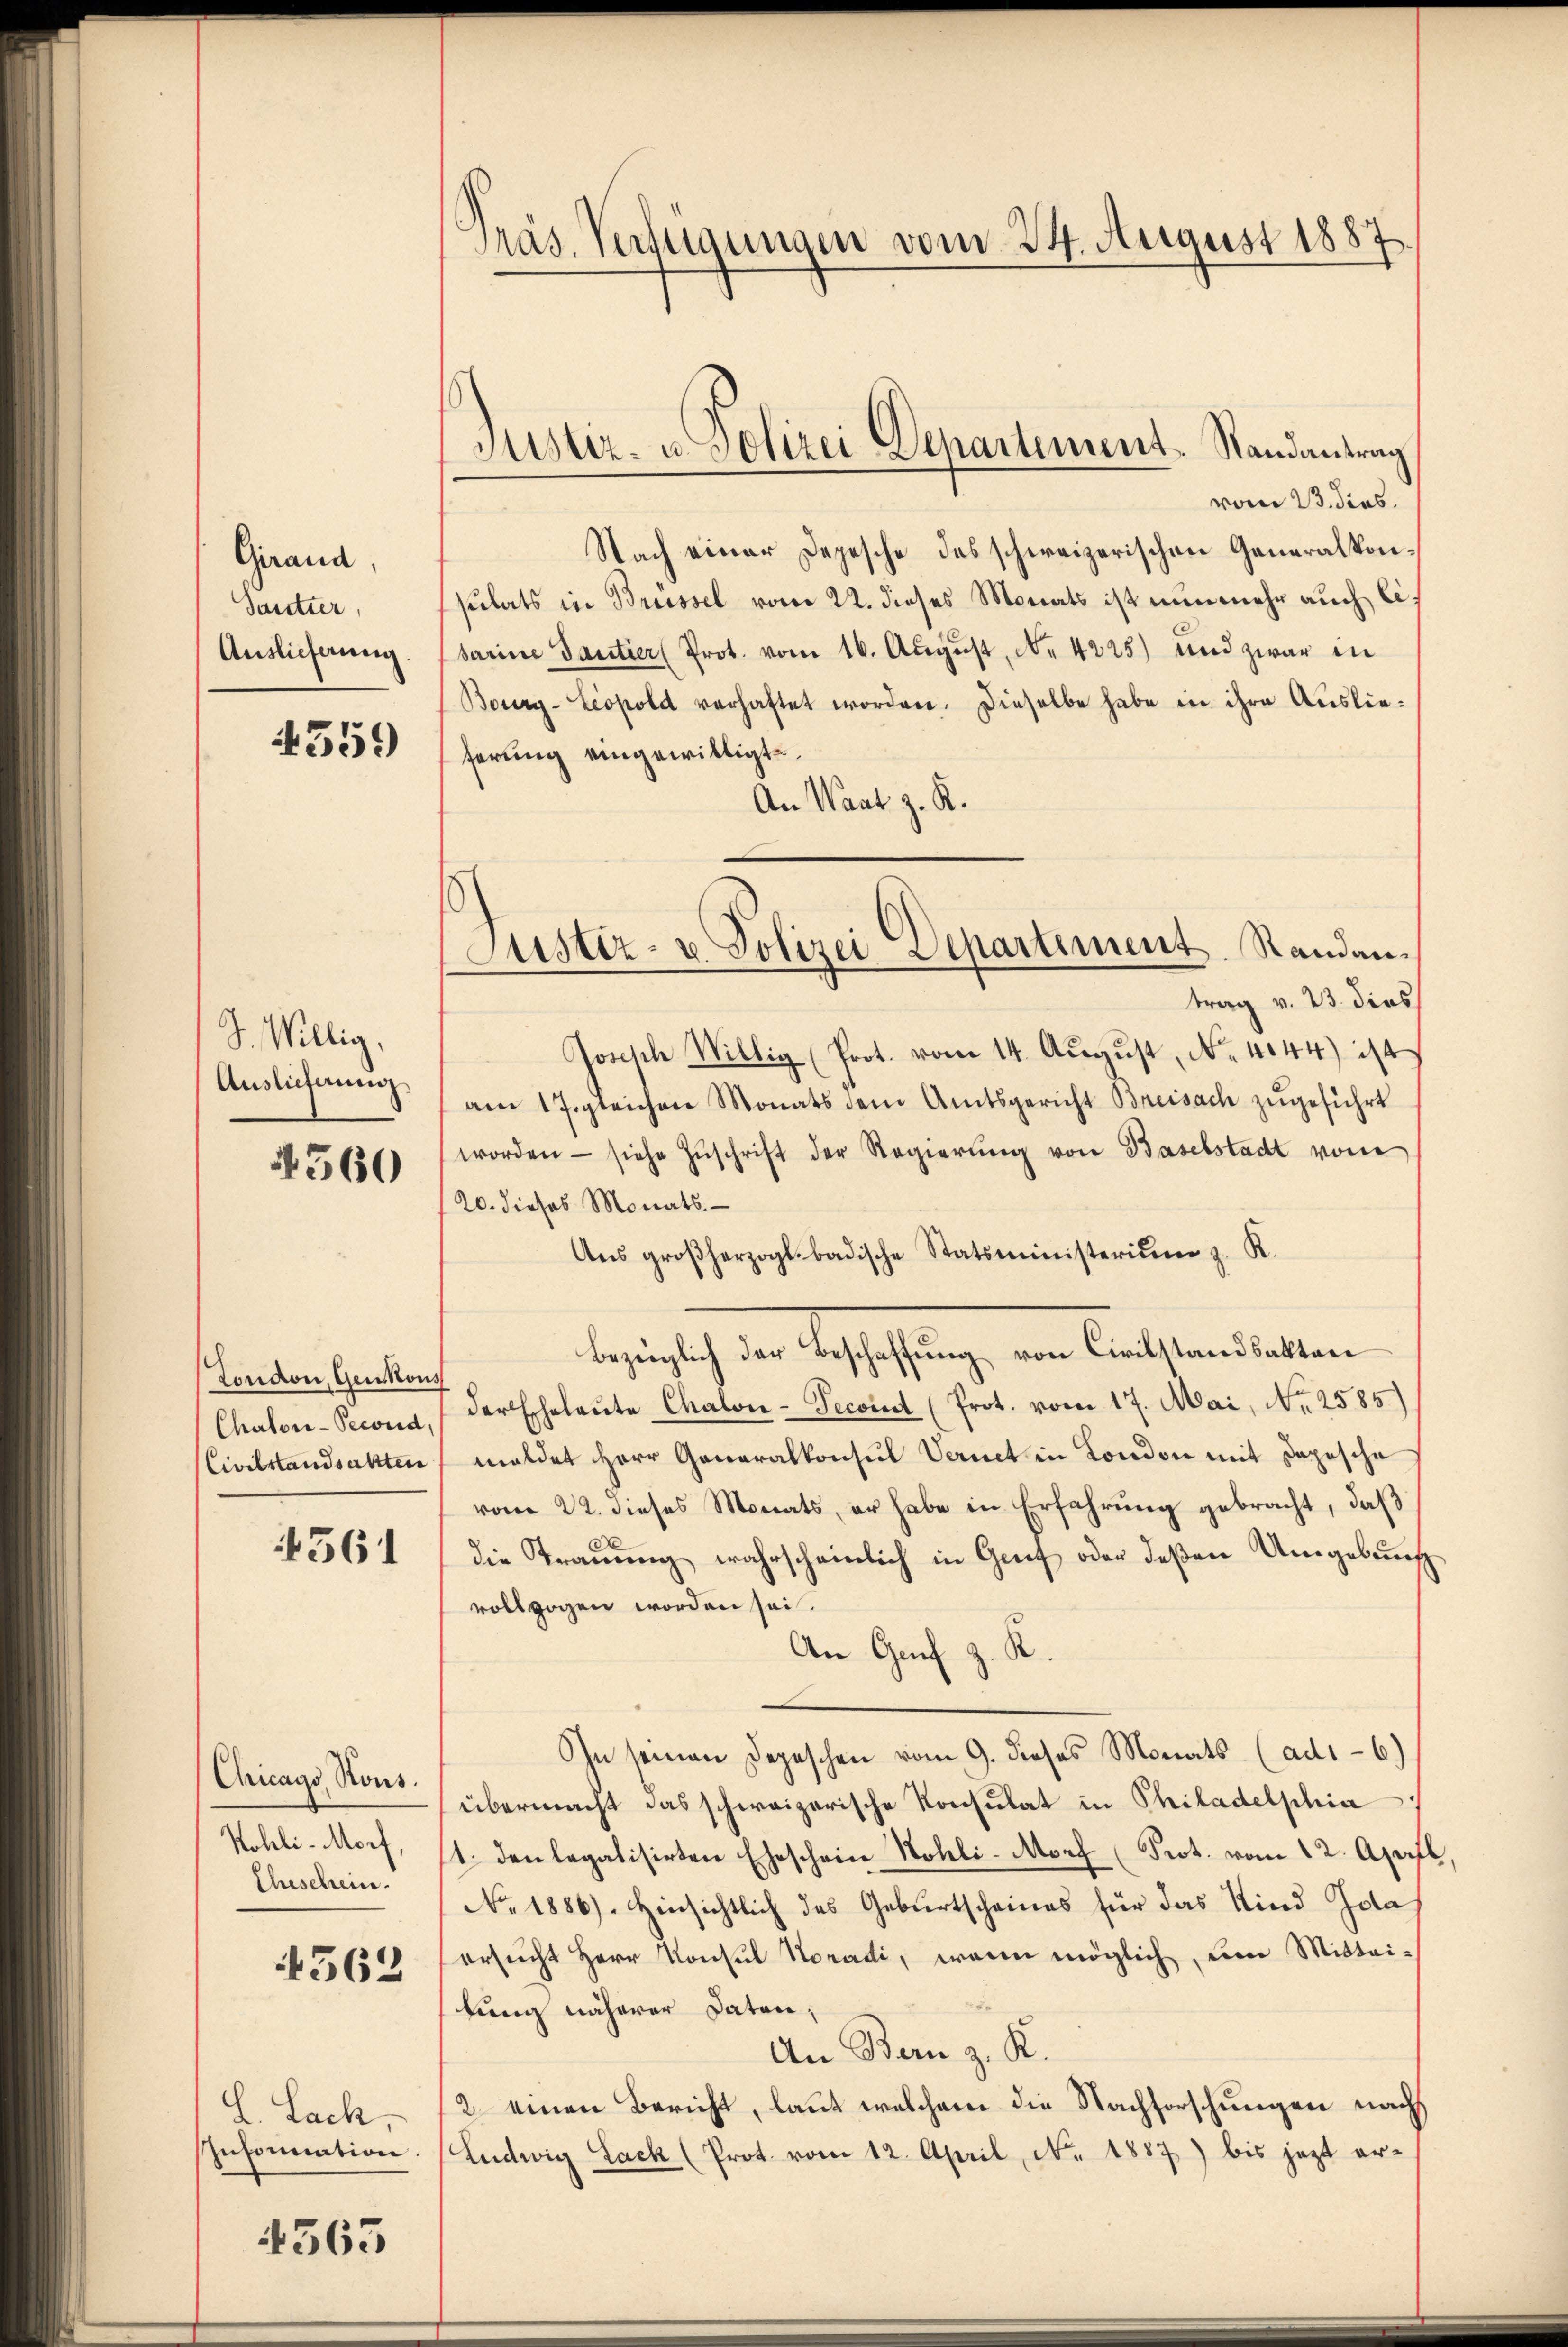
Girand,
Sautter,
Auslieferung.

4359

S. Willig,
Auslieferung

560

London, Genkons
Chator-Second
Civilstandsakten

4561

Chicago Rons.
Kohli-Morf,
Eheschein.
562

.
L. Sach,
Information.

4563

Präs. Verfügungen vom 24. August 1887.

Justiz- u. Polizei Departement. Randantrag

vom 23. dies
Nach einer Depesche des schweizerischen Generalkonsulats in Brüssel vom 22. dieses Monats ist nunmehr auch libarine Dantier (Prot. vom 16. August, No 4225) und zwar in
Boury-Leopold verhaftet worden. Dieselbe habe in ihre Auslieferung eingewilligt.
An Waat z. K.
trag v. 23. dies
Josisch Willig (Prot. vom 14. August, No. 4044) ist
am 17. gleichen Monats dem Amtsgericht Breisach zugeführt
worden - siehe Zŭschrift der Regierŭng von Baselstadt vom
20. dieses Monats.
Aŭs großherzogl. badische Statsministerium z. R.
bezüglich der Beschaffung von Civilstandsatten
der Eheleute Chalon-Secoint (Prot. vom 17. Mai, N. 2585.)
meldet Herr Generalkonsul Vernet in London mit Depesche
vom 22. dieses Monats, er habe in Erfahrung gebracht, daß
die Trauung wahrscheinlich in Gruf oder deßen Umgebung
vollzogen worden sei.
An Genf z. R.
In seinen Depeschen vom 9. dieses Monats (ad1-6.)
übermacht das schweizerische Konsulat in Philadelphia
1. den legalisirten Eheschein Nohli-Morf (Prot. vom 12. April
No. 1886). Hinsichtlich des Geburtscheines für das Kind das
ersucht Herr Konsul Horadi, wann möglich, eine Mittaikung näherer Daten,
An Bern z. K.
2. einen Bericht, laut welchem die Nachforschungen nach
Ludwig Lack (Prot. vom 12. April, No. 1887) bis jezt er¬

Justiz- u Polizei Departement. Randan¬